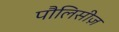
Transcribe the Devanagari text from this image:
पौलिसीज़